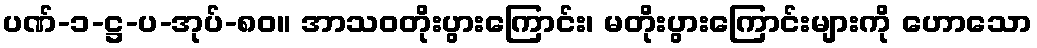
ပဏ်-၁-ဋ္ဌ-ပ-အုပ်-၈၀။ အာသဝတိုးပွားကြောင်း၊ မတိုးပွားကြောင်းများကို ဟောသော